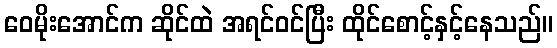
ဝေမိုးအောင်က ဆိုင်ထဲ အရင်ဝင်ပြီး ထိုင်စောင့်နှင့်နေသည်။